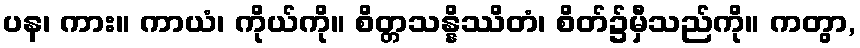
ပန၊ ကား။ ကာယံ၊ ကိုယ်ကို။ စိတ္တသန္နိဿိတံ၊ စိတ်၌မှီသည်ကို။ ကတွာ,